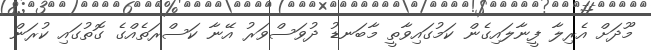
މޫދަށް އެރިލާ ފީނާލައިގެން ކަމުގައިވާތީ މާބަނޑު ދުވަސްވަރު އޭނާ ކަސްރަތެއްގެ ގޮތުގައި ކުރަން